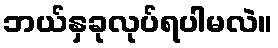
ဘယ်နှခုလုပ်ရပါမလဲ။